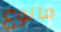
مانوع